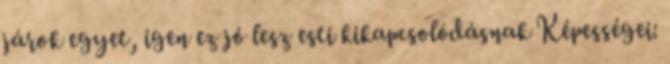
járok egyet, igen ez jó lesz esti kikapcsolódásnak Képességei: